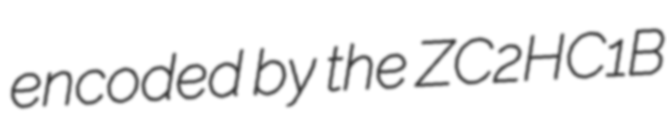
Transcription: encoded by the ZC2HC1B